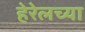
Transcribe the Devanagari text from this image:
हेरेलच्या